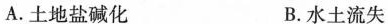
A.土地盐碱化 B.水土流失